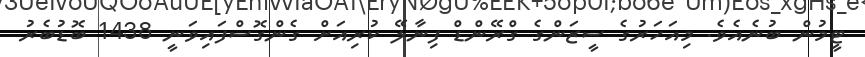
ޓީމުން ބުނެއެވެ. މިއަހަރުގެ ސީޒަންގެ ގްރޭންޑް ފިނާލޭ ކުރިއަށް ގެންގޮސްފައިވަނީ 1438 ބޮޑުބެރު